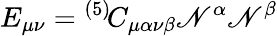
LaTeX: E_{\mu\nu}={}^{(5)\! }C_{\mu\alpha\nu\beta}\mathscr{N}^{\alpha}\mathscr{N}^{\beta}